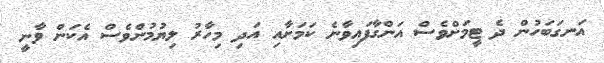
އަނގަބަހުން ދެ ޓީމަށްވެސް އަންގާފައިވާނެ ކަމަށާއި އަދި މިހާރު ލިޔުމުންވެސް އެކަން ވާނީ